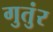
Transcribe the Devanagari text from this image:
गुतुंर